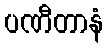
ပဏီတာနံ